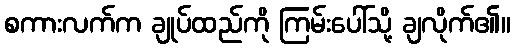
စကားလက်က ချုပ်ထည်ကို ကြမ်းပေါ်သို့ ချလိုက်၏။